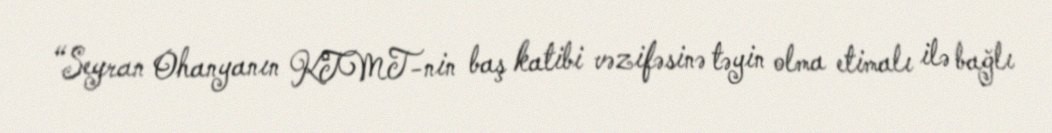
“Seyran Ohanyanın KTMT-nin baş katibi vəzifəsinə təyin olma etimalı ilə bağlı